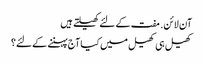
آن لائن. مفت کے لئے کھیلتے ہیں
کھیل ہی کھیل میں کیا آج پہننے کے لئے؟